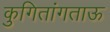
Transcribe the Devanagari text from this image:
कुगितांगताऊ